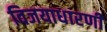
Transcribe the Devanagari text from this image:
विजयाधारणी